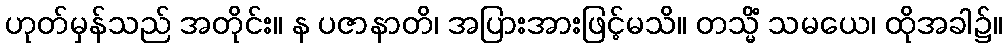
ဟုတ်မှန်သည် အတိုင်း။ န ပဇာနာတိ၊ အပြားအားဖြင့်မသိ။ တသ္မိံ သမယေ၊ ထိုအခါ၌။